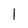
Character: l